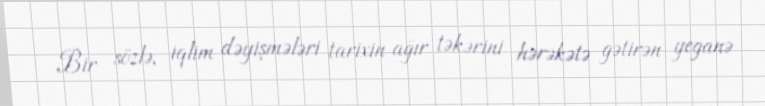
Bir sözlə, iqlim dəyişmələri tarixin ağır təkərini hərəkətə gətirən yeganə